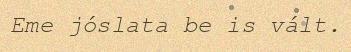
Eme jóslata be is vált.